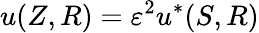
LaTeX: u(Z,R)=\varepsilon^{2}u^{*}(S,R)